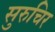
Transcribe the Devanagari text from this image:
सुरुचिर